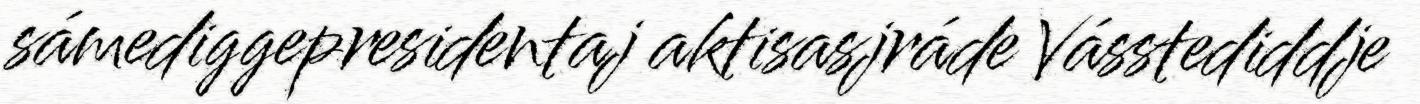
sámediggepresidentaj aktisasjráde Vásstediddje